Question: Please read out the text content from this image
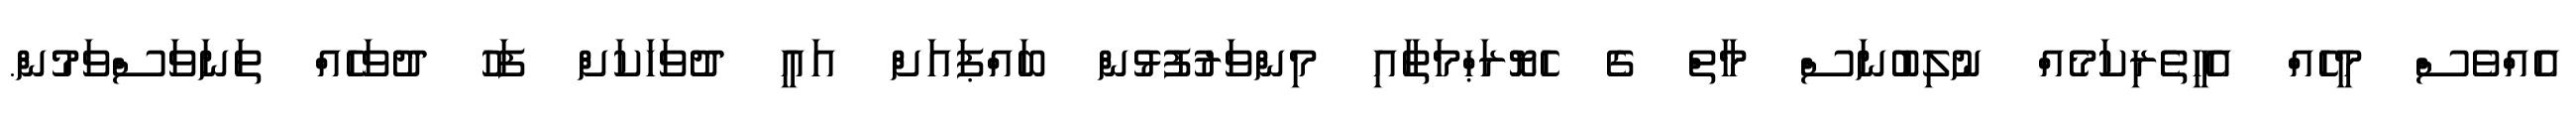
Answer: އެއްވެސް މީހެއް އެހީތެރިކަމެއް ނުލިބުނަސް މާތް ގެ ހެޔޮރަޙްމަތާއި މިންވަރުފުޅުން ބައްޕައަށް އައީ ދުވަހަކަށް ފަހު ދުވަހެއް ތަނަވަސްވަމުން.